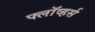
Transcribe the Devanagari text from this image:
फ्लॉव्हर्स